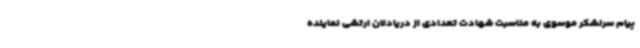
پیام سرلشکر موسوی به مناسبت شهادت تعدادی از دریادلان ارتشی نماینده